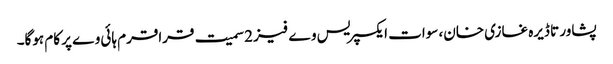
پشاور تا ڈیرہ غازی خان، سوات ایکسپریس وے فیز 2 سمیت قراقرم ہائی وے پر کام ہوگا۔